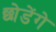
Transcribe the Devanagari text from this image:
छोडेंगे